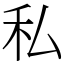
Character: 私